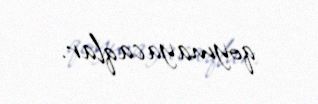
qoymayacaqlar.